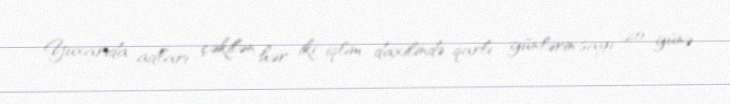
Yuxarıda adları çəkilən hər iki iqlim daxilində qarlı günlərin sayı 20 günə